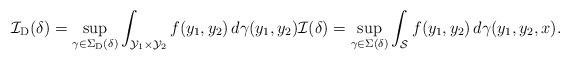
LaTeX: \begin{align*}\mathcal{I}_{\mathrm{D} }(\delta) = \sup_{\gamma \in \Sigma_{\mathrm{D} }(\delta)} \int_{\mathcal{Y}_1 \times \mathcal{Y}_2} f(y_1, y_2) \, d \gamma(y_1, y_2) \mathcal{I}(\delta) = \sup_{\gamma \in \Sigma(\delta)} \int_{\mathcal{S}} f(y_1, y_2) \, d \gamma(y_1, y_2, x).\end{align*}